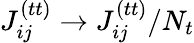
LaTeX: J_{ij}^{(tt)}\rightarrow J_{ij}^{(tt)}/N_{t}